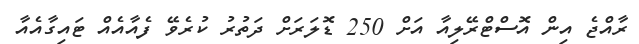
ރާއްޖެ އިން އޮސްޓްރޭލިއާ އަށް 250 ޑޮލަރަށް ދަތުރު ކުރެވޭ ފެއާއެއް ޓައިގާއެއާ